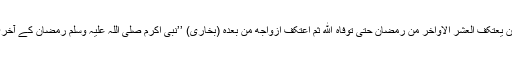
سیدہ عائشہ رضی اللہ عنہا سے مروی ہے: اَنَّ النبِّی کان یعتکفُ العشر الاواخر من رمضانَ حتٰی توفاه اللّٰهُ ثم اعتَکَفَ ازواجه من بعده (بخاری) ’’نبی اکرم صلی اللہ علیہ وسلم رمضان کے آخری عشرے کا اعتکاف کرتے حتیٰ کہ آپ وفات پا گئے۔